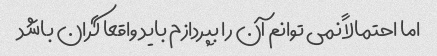
اما احتمالاً نمی توانم آن را بپردازم باید واقعا گران باشد